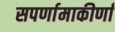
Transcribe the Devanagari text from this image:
सपर्णामाकीर्णां